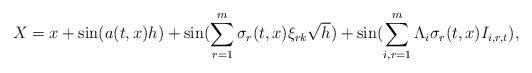
LaTeX: \begin{align*} X=x+\sin (a(t,x)h)+\sin(\sum_{r=1}^{m}\sigma_{r}(t,x)\xi_{rk}\sqrt{h}) +\sin(\sum_{i,r=1}^m\Lambda_i\sigma_r(t,x) I_{i,r,t}),\end{align*}